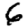
Digit: 6